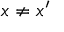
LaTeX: x \neq x ^ { \prime }